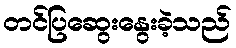
တင်ပြဆွေးနွေးခဲ့သည်